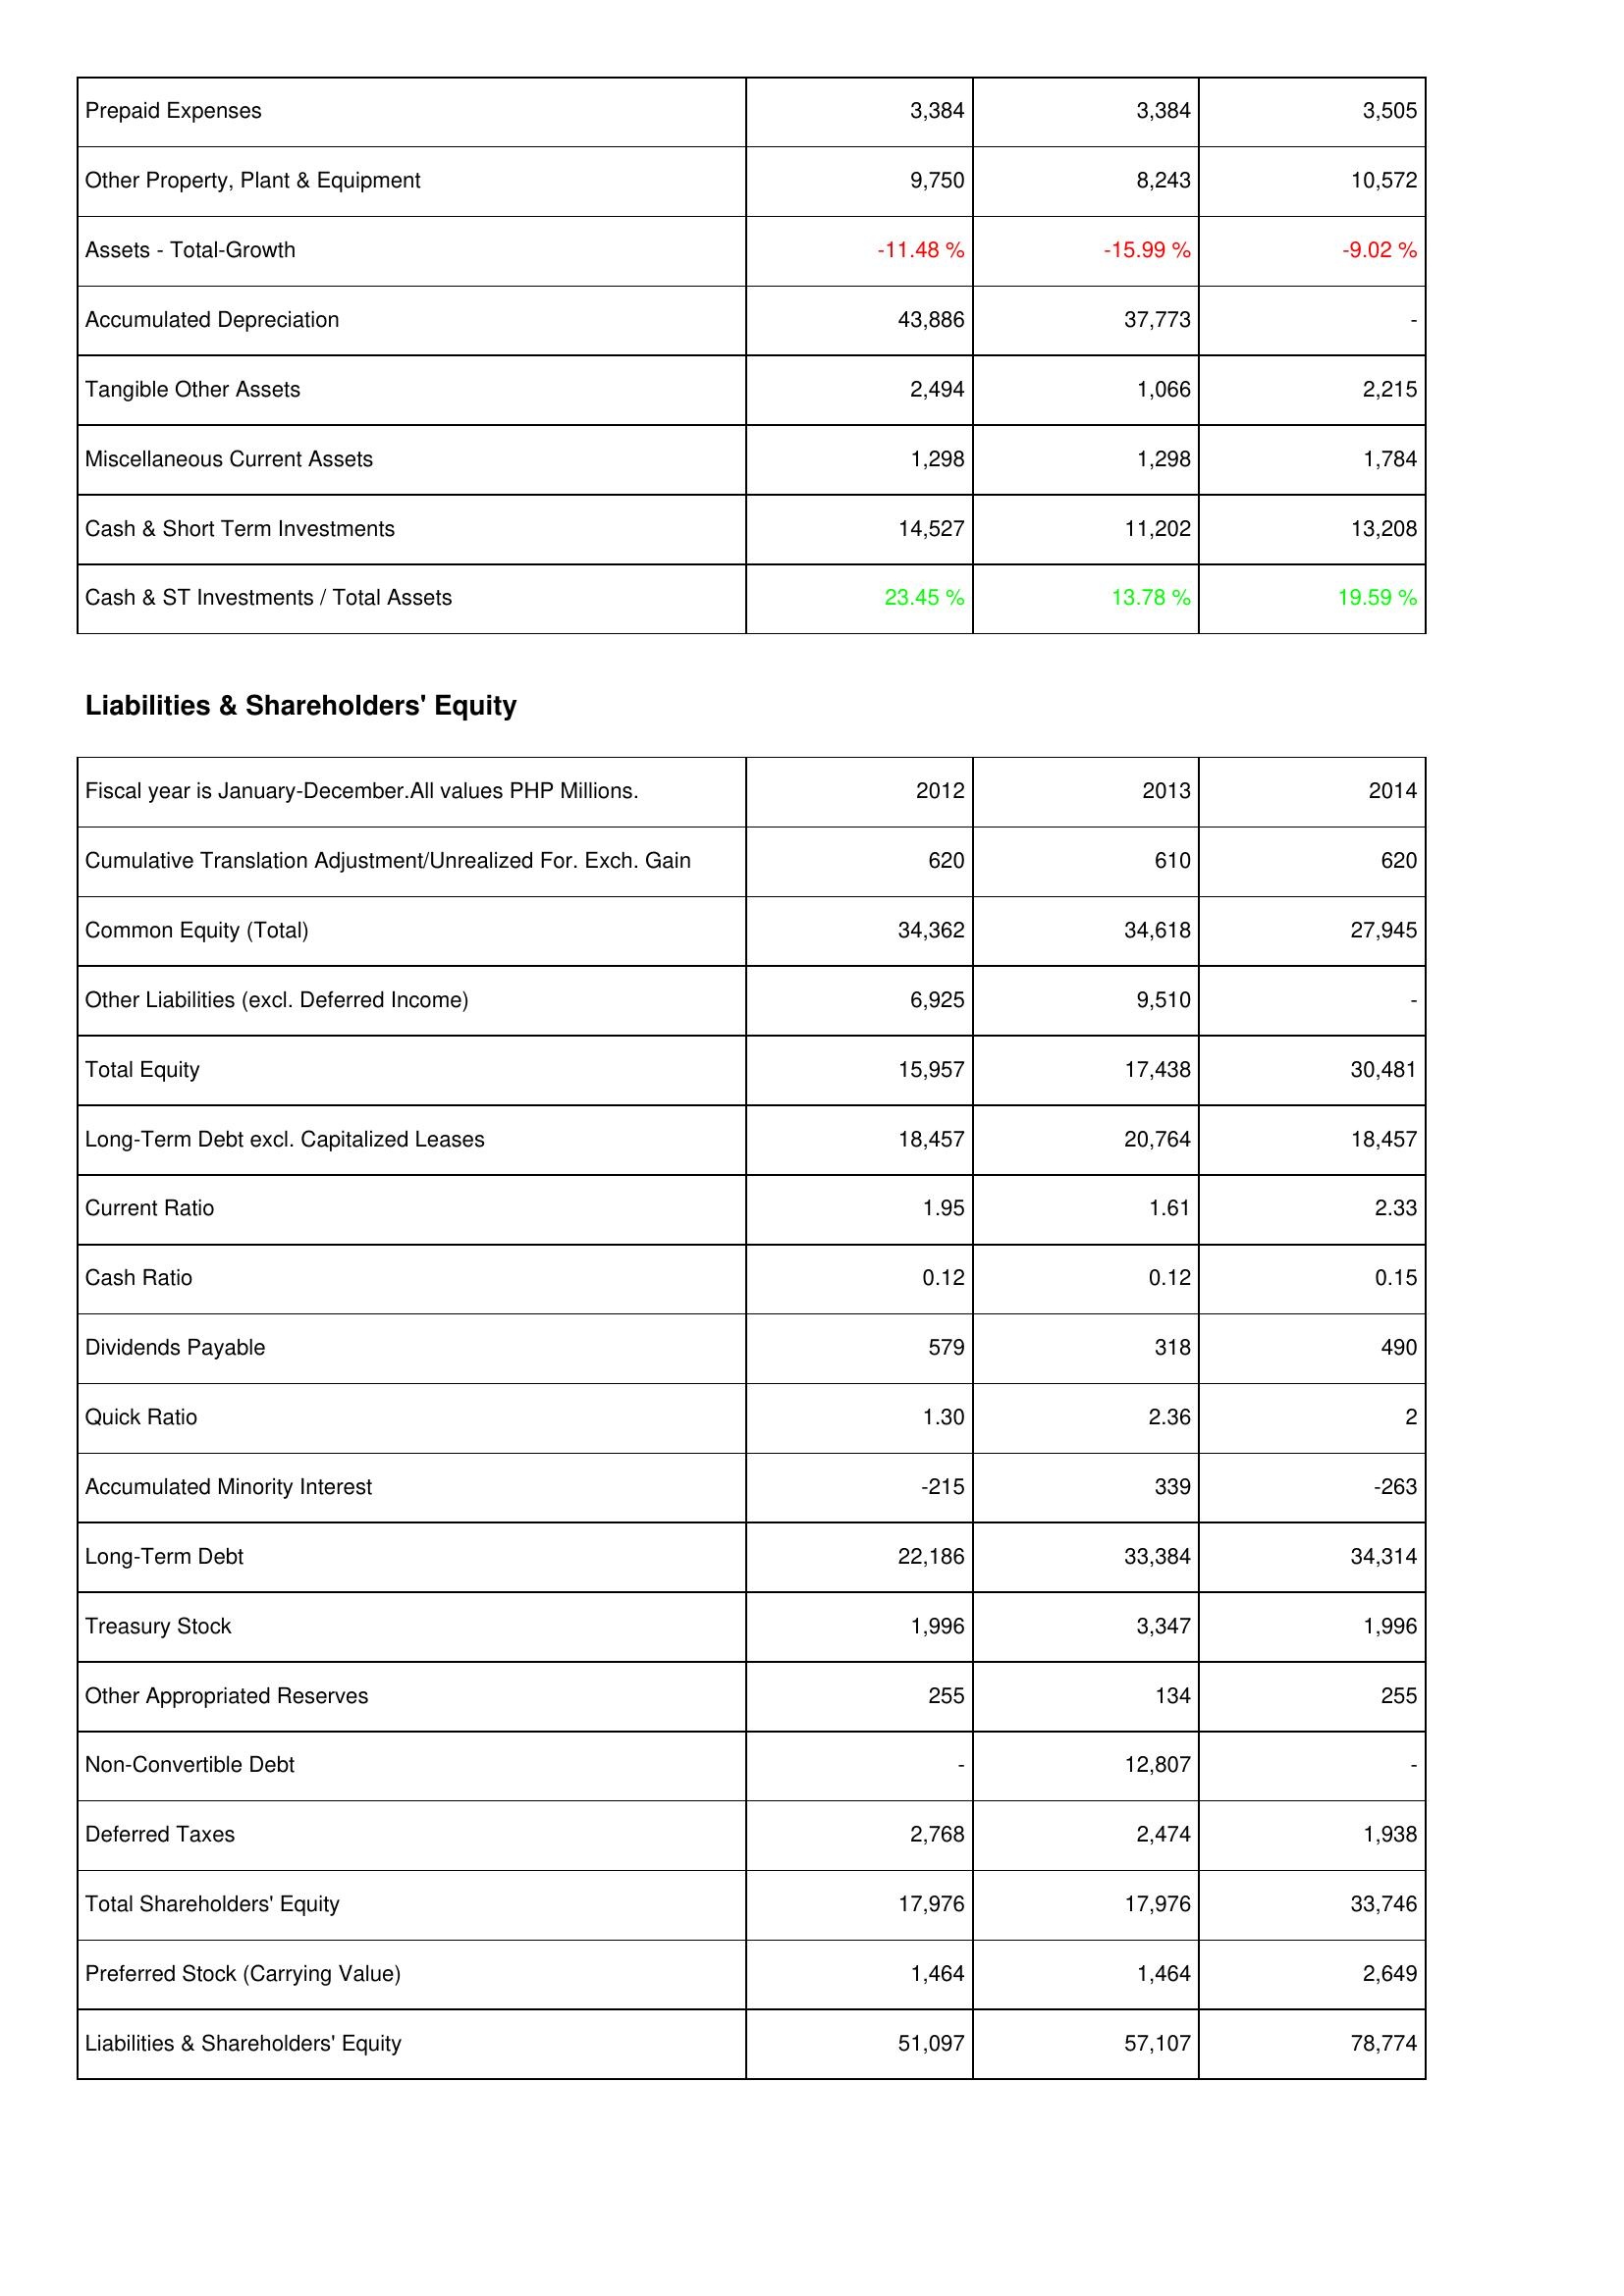
2012: Assets: Prepaid Expenses: 3,384
Other Property, Plant & Equipment: 9,750
Assets - Total-Growth: -11.48 %
Accumulated Depreciation: 43,886
Tangible Other Assets: 2,494
Miscellaneous Current Assets: 1,298
Cash & Short Term Investments: 14,527
Cash & ST Investments / Total Assets: 23.45 %
Liabilities & Shareholders' Equity: Cumulative Translation Adjustment/Unrealized For. Exch. Gain: 620
Common Equity (Total): 34,362
Other Liabilities (excl. Deferred Income): 6,925
Total Equity: 15,957
Long-Term Debt excl. Capitalized Leases: 18,457
Current Ratio: 1.95
Cash Ratio: 0.12
Dividends Payable: 579
Quick Ratio: 1.30
Accumulated Minority Interest: -215
Long-Term Debt: 22,186
Treasury Stock: 1,996
Other Appropriated Reserves: 255
Non-Convertible Debt: -
Deferred Taxes: 2,768
Total Shareholders' Equity: 17,976
Preferred Stock (Carrying Value): 1,464
Liabilities & Shareholders' Equity: 51,097
2013: Assets: Prepaid Expenses: 3,384
Other Property, Plant & Equipment: 8,243
Assets - Total-Growth: -15.99 %
Accumulated Depreciation: 37,773
Tangible Other Assets: 1,066
Miscellaneous Current Assets: 1,298
Cash & Short Term Investments: 11,202
Cash & ST Investments / Total Assets: 13.78 %
Liabilities & Shareholders' Equity: Cumulative Translation Adjustment/Unrealized For. Exch. Gain: 610
Common Equity (Total): 34,618
Other Liabilities (excl. Deferred Income): 9,510
Total Equity: 17,438
Long-Term Debt excl. Capitalized Leases: 20,764
Current Ratio: 1.61
Cash Ratio: 0.12
Dividends Payable: 318
Quick Ratio: 2.36
Accumulated Minority Interest: 339
Long-Term Debt: 33,384
Treasury Stock: 3,347
Other Appropriated Reserves: 134
Non-Convertible Debt: 12,807
Deferred Taxes: 2,474
Total Shareholders' Equity: 17,976
Preferred Stock (Carrying Value): 1,464
Liabilities & Shareholders' Equity: 57,107
2014: Assets: Prepaid Expenses: 3,505
Other Property, Plant & Equipment: 10,572
Assets - Total-Growth: -9.02 %
Accumulated Depreciation: -
Tangible Other Assets: 2,215
Miscellaneous Current Assets: 1,784
Cash & Short Term Investments: 13,208
Cash & ST Investments / Total Assets: 19.59 %
Liabilities & Shareholders' Equity: Cumulative Translation Adjustment/Unrealized For. Exch. Gain: 620
Common Equity (Total): 27,945
Other Liabilities (excl. Deferred Income): -
Total Equity: 30,481
Long-Term Debt excl. Capitalized Leases: 18,457
Current Ratio: 2.33
Cash Ratio: 0.15
Dividends Payable: 490
Quick Ratio: 2
Accumulated Minority Interest: -263
Long-Term Debt: 34,314
Treasury Stock: 1,996
Other Appropriated Reserves: 255
Non-Convertible Debt: -
Deferred Taxes: 1,938
Total Shareholders' Equity: 33,746
Preferred Stock (Carrying Value): 2,649
Liabilities & Shareholders' Equity: 78,774